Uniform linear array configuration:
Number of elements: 64
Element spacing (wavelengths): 0.25
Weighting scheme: uniform
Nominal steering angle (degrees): -45
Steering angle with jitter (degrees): -43.067
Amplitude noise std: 0.05
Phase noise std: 0.05

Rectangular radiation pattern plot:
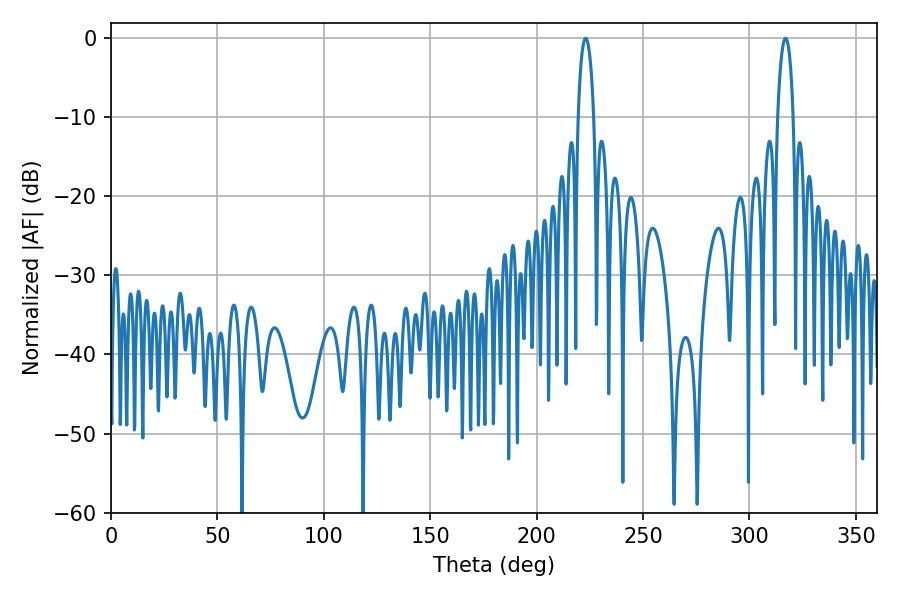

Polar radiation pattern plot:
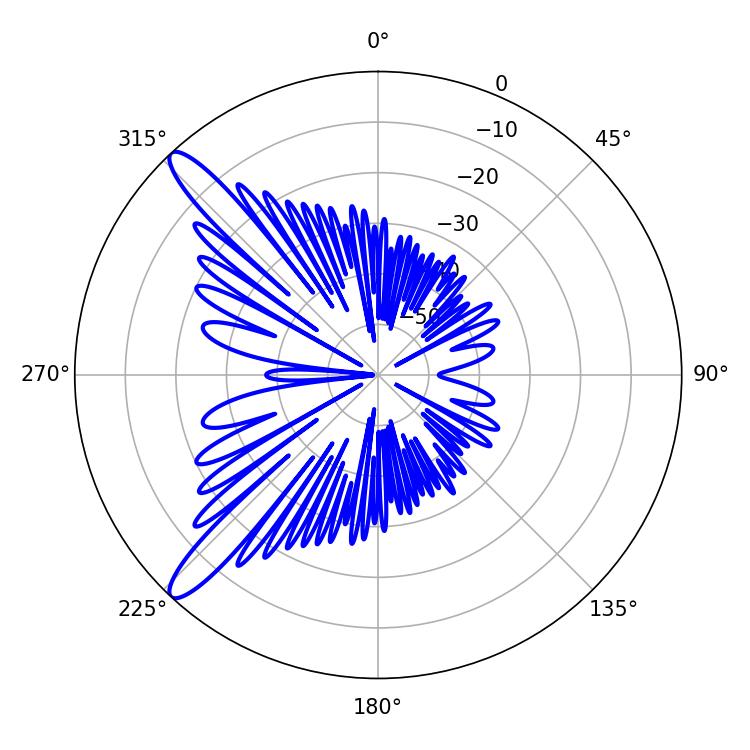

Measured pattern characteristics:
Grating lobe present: FALSE
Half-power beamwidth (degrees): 4.14
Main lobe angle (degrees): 223.02